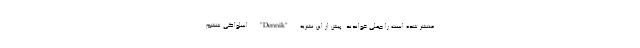
منتشر شده است را جعلی خواندند. پیش از این نشریه "Dennik" اسلواکی ششم